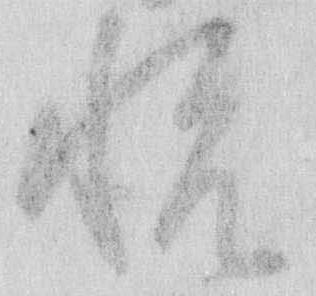
悦